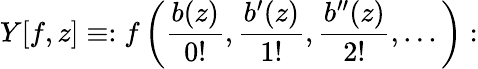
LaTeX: Y[f,z]\equiv:f\left({\frac{b(z)}{0!}},{\frac{b^{\prime}(z)}{1!}},{\frac{b^{\prime\prime}(z)}{2!}},...\right):